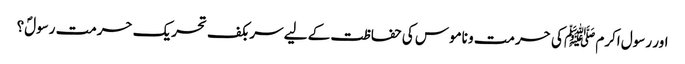
اور رسول اکرم ﷺ کی حرمت و ناموس کی حفاظت کے لیے سربکف تحریک حرمت رسولؐ؟